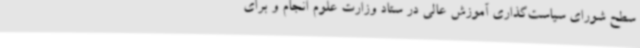
سطح شورای سیاست‌گذاری آموزش عالی در ستاد وزارت علوم انجام و برای